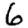
Digit: 6